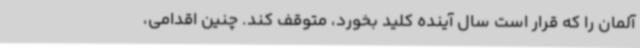
آلمان را که قرار است سال آینده کلید بخورد، متوقف کند. چنین اقدامی،